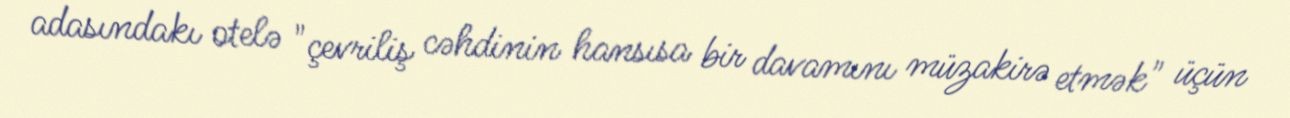
adasındakı otelə "çevriliş cəhdinin hansısa bir davamını müzakirə etmək" üçün